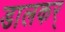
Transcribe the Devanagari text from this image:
डालकर्